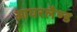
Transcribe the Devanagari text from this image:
आयरलैण्‍ड